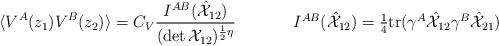
LaTeX: \begin{align*}\begin{array}{cc}\displaystyle{\langle V^{A}(z_{1})V^{B}(z_{2})\rangle =C_{V}\frac{I^{AB}(\hat{{\cal X}}_{12})}{(\det {\cal X}_{12})^{\frac{1}{2}\eta}}}~~~~&~~~~I^{AB}(\hat{{\cal X}}_{12})=\textstyle{\frac{1}{4}}\mbox{tr}(\gamma^{A}\hat{{\cal X}}_{12}\gamma^{B}\hat{{\cal X}}_{21})\end{array}\end{align*}